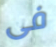
فى